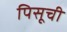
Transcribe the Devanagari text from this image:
पिसूची